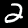
Label: 2